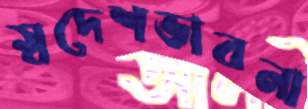
স্বদেশভাবনা